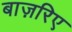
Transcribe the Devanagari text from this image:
बाज़रिए